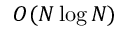
{ \cal O } ( N \log N )